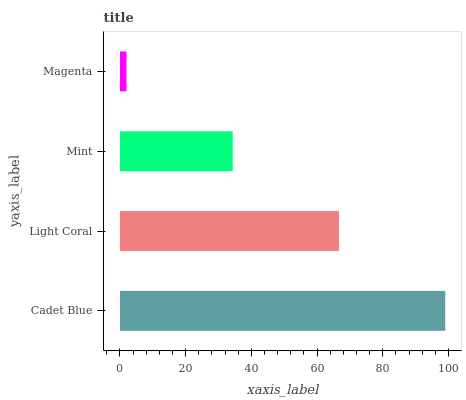
| yaxis_label | bars |
 | --- | --- |
 | Cadet Blue | 99 |
 | Light Coral | 66.7 |
 | Mint | 34.3 |
 | Magenta | 2 |